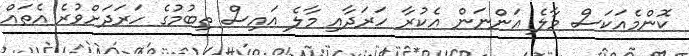
ކޮންމެއަކަސް މާލެ އަންނަން އެކުރާ ހަރަދާއި މާލެ އައިސް ތިބުމުގެ ހަރަދަށްވުރެ އެތައް